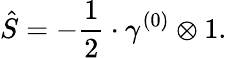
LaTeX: \hat{S}=-\frac{1}{2}\cdot\gamma^{(0)}\otimes 1.